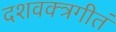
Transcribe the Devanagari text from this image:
दशवक्त्रगीतं